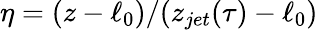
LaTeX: \eta=(z-\ell_{0})/(z_{jet}(\tau)-\ell_{0})